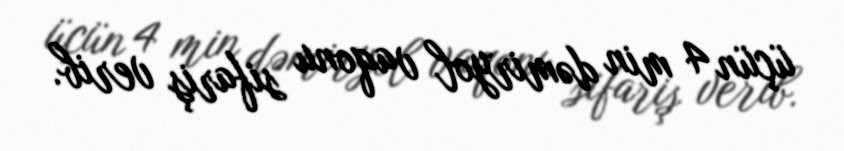
üçün 4 min dəmiryol vaqonu sifariş verib.